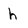
Character: h